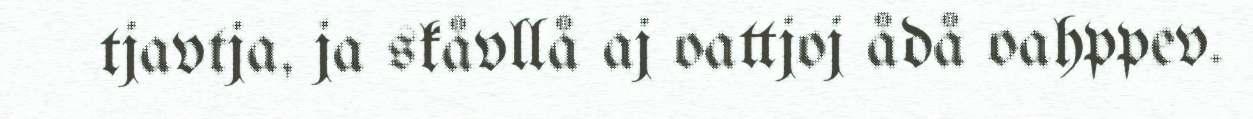
tjavtja, ja skåvllå aj oattjoj ådå oahppev.